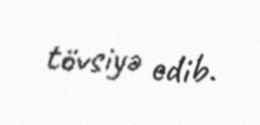
tövsiyə edib.